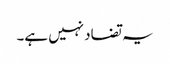
یہ تضاد نہیں ہے۔